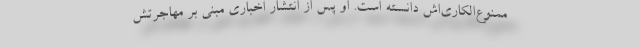
ممنوع‌الکاری‌اش دانسته است. او پس از انتشار اخباری مبنی بر مهاجرتش